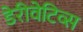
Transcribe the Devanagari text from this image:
डेरीवेटिव्स